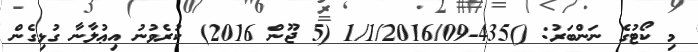
މި ކޯޓުގެ ނަންބަރު: ()435-1/1/2016/09 (5 ޖޫން 2016) ކުރެވުނު އިޢުލާނާ ގުޅިގެން